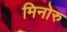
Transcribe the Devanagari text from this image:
मिनोरु